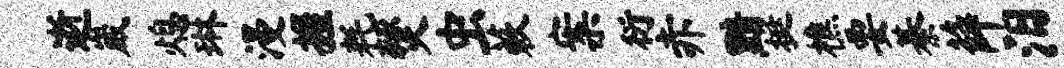
逝崴熄琳漫握耗燹虫蔌案衍赤黯挺樵要綦薛汨